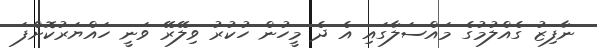
ނާފިޒު ގެއްލުމުގެ މައްސަލާގައި އެ ދެ މީހުން ހުކުރު ވިލޭރޭ ވަނީ ހައްޔަރުކޮށްފަ